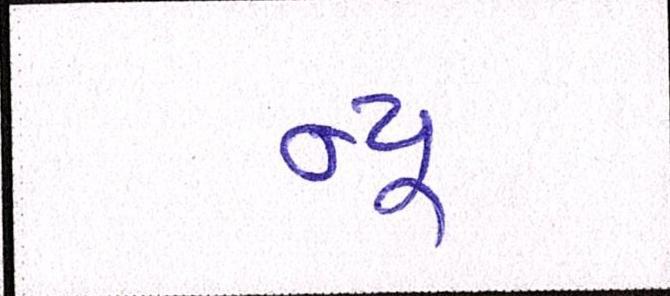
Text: ન્યૂ